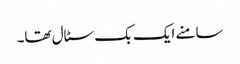
سامنے ایک بک سٹال تھا۔